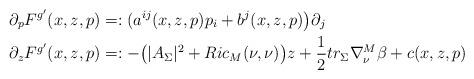
LaTeX: \begin{align*} \partial_p F^{g'}(x, z, p) & =: (a^{ij}(x, z, p)p_i + b^j(x, z, p)\big)\partial_j \\ \partial_z F^{g'}(x, z, p) & =: -\big(|A_{\Sigma}|^2 + Ric_M(\nu, \nu)\big)z + \frac{1}{2}tr_{\Sigma}\nabla^M_{\nu}\beta + c(x, z, p) \end{align*}